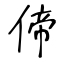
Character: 偙